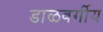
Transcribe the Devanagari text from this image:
डाळवर्गीय